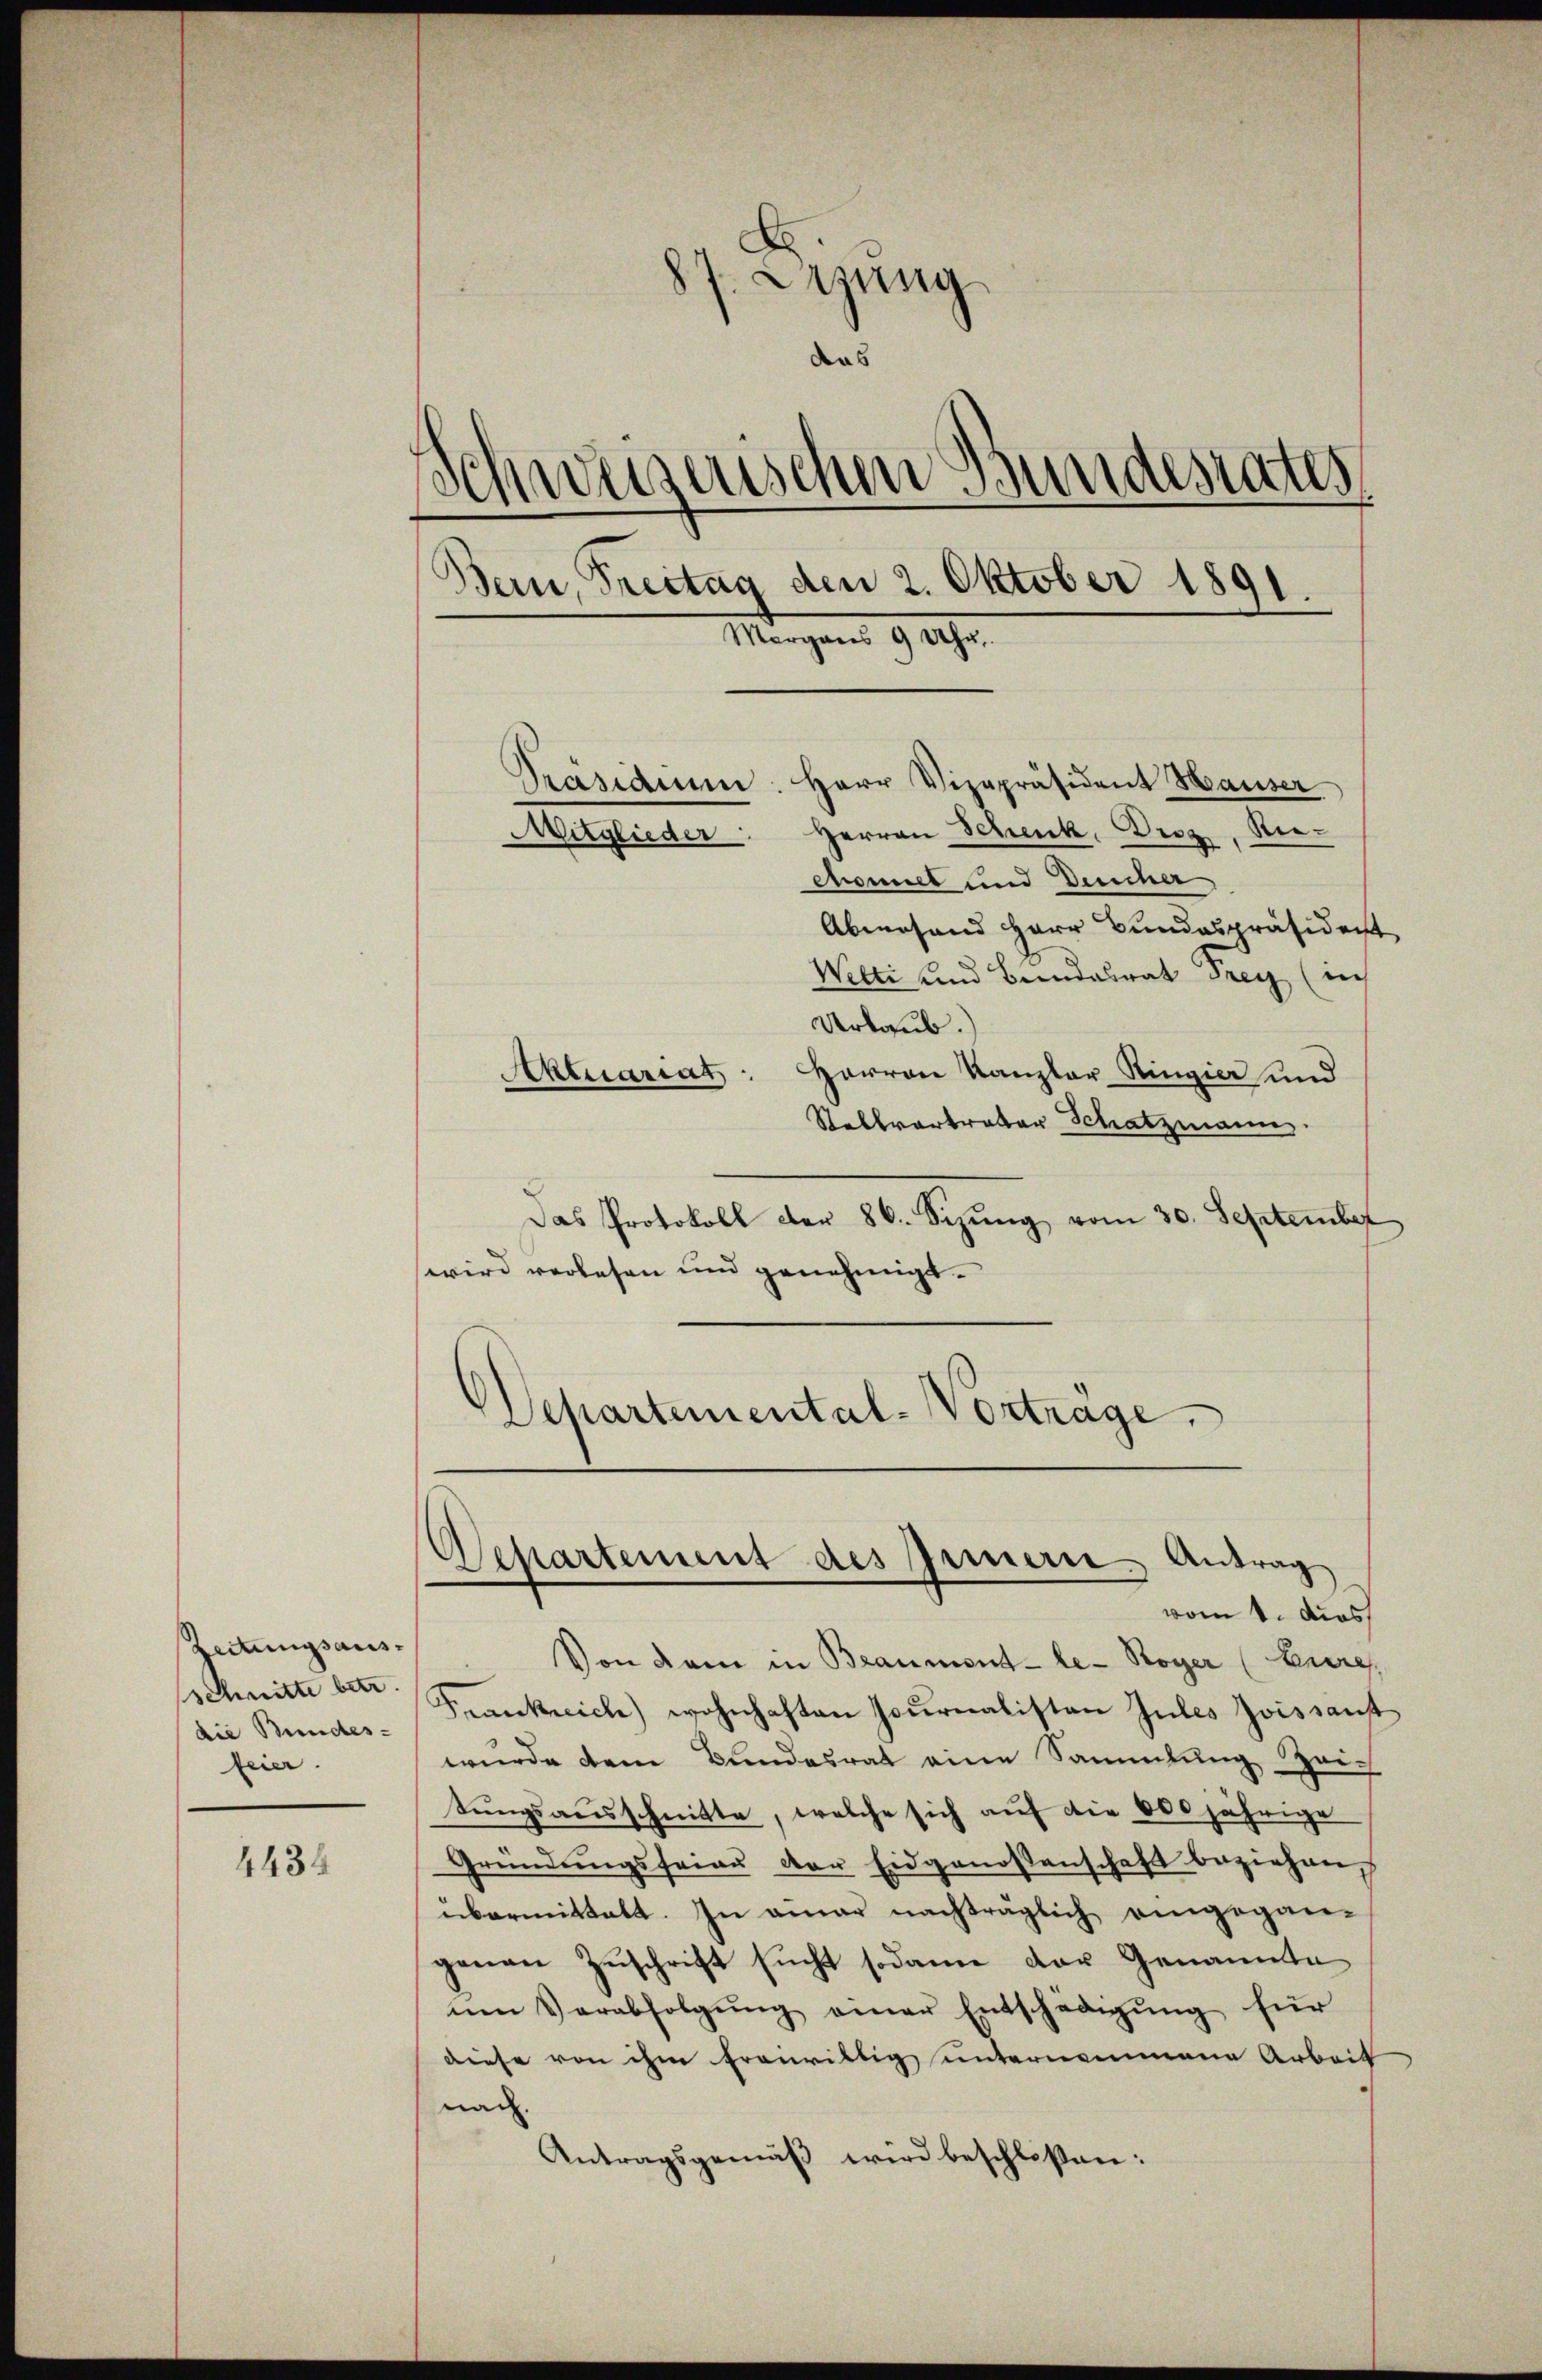
Zeitungsausschnitte betr.
die Bundes-
feier.

4434

87. Dezung
das
weigenschen Bundesrates,
d
Bern, Freitag den 2. Oktober 1891.
Mangen 9 189
Präsidium: Herr Vizepräsident Hauser
Mitglieder: Herren Schenk, Droz, Niechomit und Deucher

Abwesend Herr Bundespräsident
Welti und Bundalrat Frey (in
Urlaub.)
Aktuariat: Herren Kanzler Ringier und
Stellvertrator Schatzmann.
Das Protokoll der 86. Sizŭng vom 30. September
wird verlesen und genehmigt.
Departemental-Vorträge.

Separtement des Innern Antrag

vom 1. das
Von dem in Beaumont-le- Royer (Lure,
Frankreich wohnhaften Journalisten Jules Zoissanst
wurde dem Bundesrat eine Sammlung, Zeich
sŭngsaŭsschnitte, welche sich auf die 600 jährige
Gründŭngsfrau der Eidgenossenschaft beziehen,
übermittelt. In einer nachträglich eingegangenau Zuschrift sucht sodann der Genannte
ŭm Verabfolgŭng einer Entschädigŭng für
diese von ihm frauristig unternommene Arbeit
nac.
Antragsgemäß wird beschloßen: